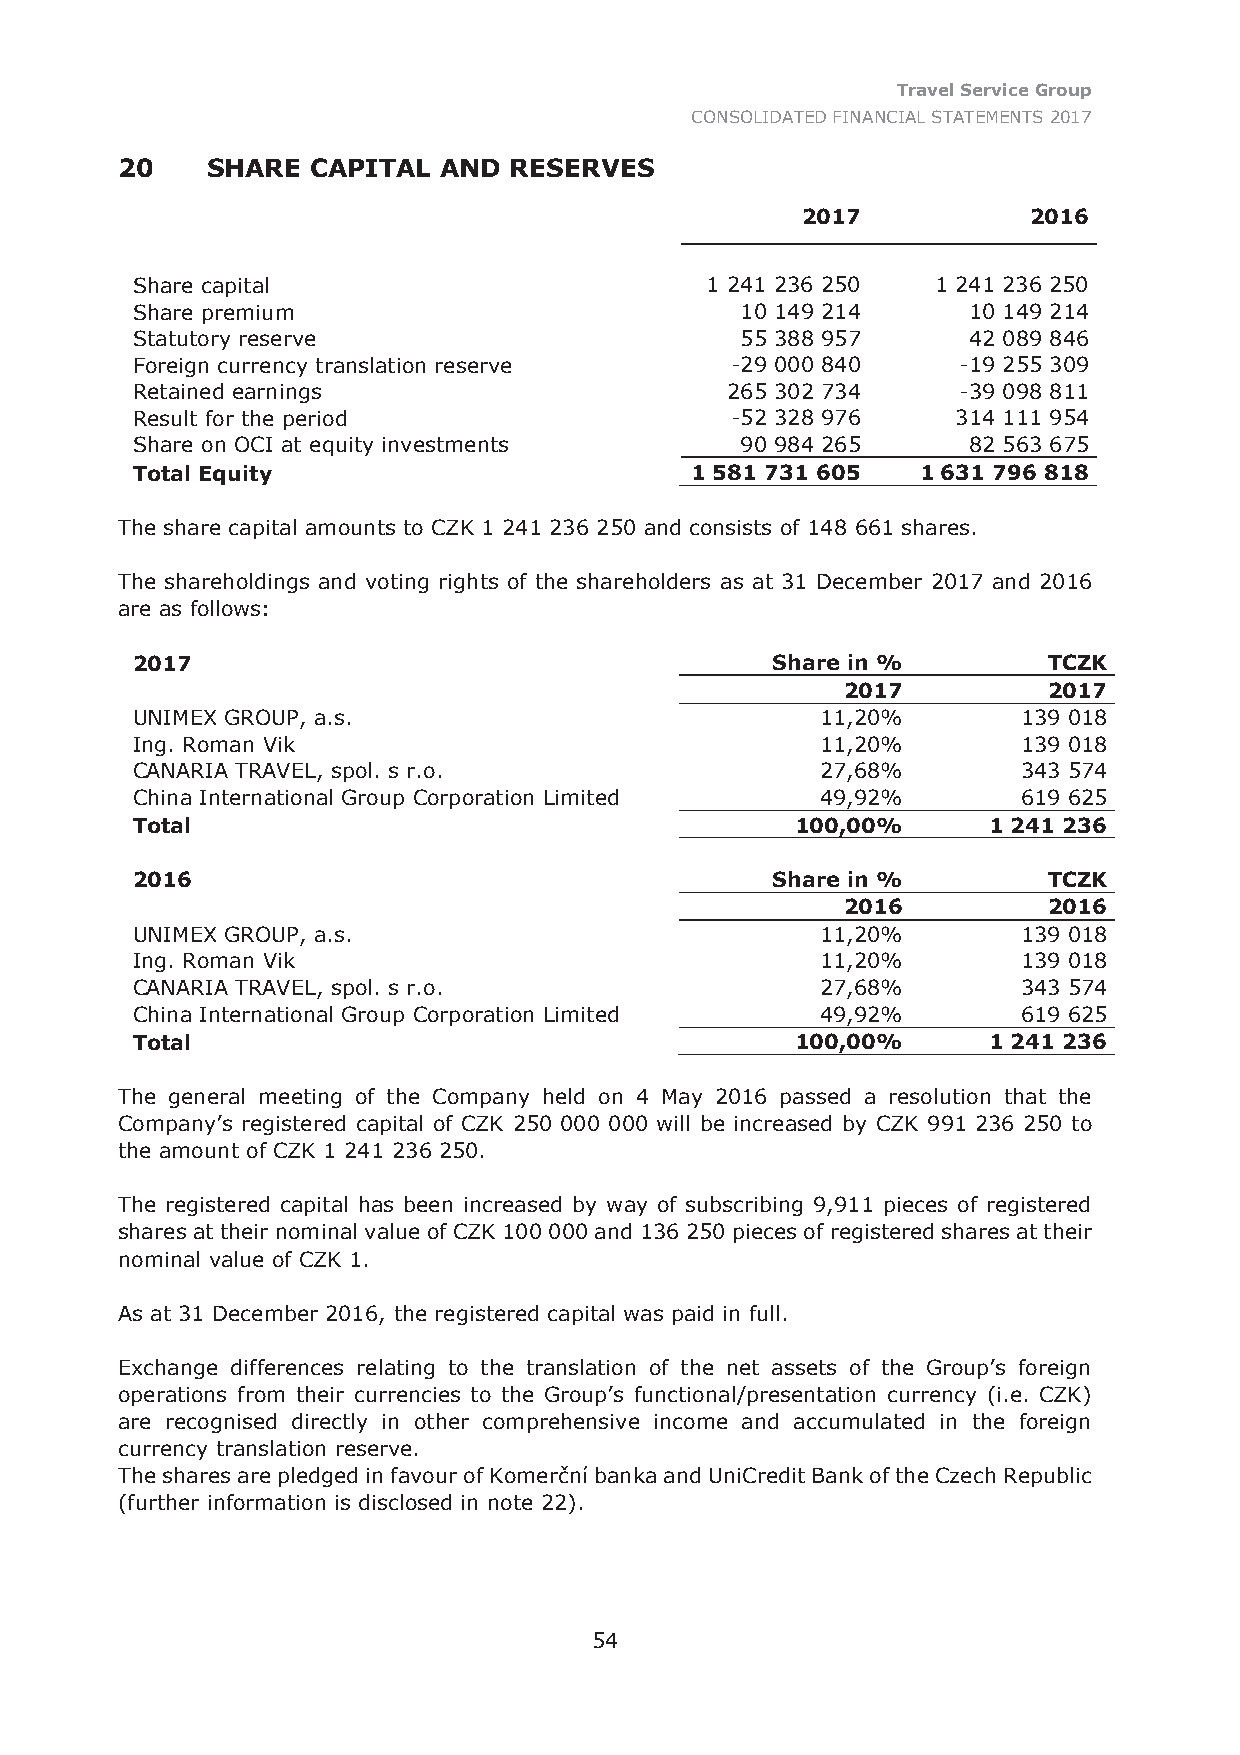
Travel Service Group
 CONSOLIDATED FINANCIAL STATEMENTS 2017
 20    SHARE  CAPITAL AND  RESERVES
 2017           2016
 Share capital                         1 241 236 250  1 241 236 250
 Share premium                           10 149 214     10 149 214
 Statutory reserve                       55 388 957     42 089 846
 Foreign currency translation reserve   -29 000 840    -19 255 309
 Retained earnings                      265 302 734    -39 098 811
 Result for the period                  -52 328 976    314 111 954
 Share on OCI at equity investments      90 984 265     82 563 675
 Total Equity                         1 581 731 605  1 631 796 818
 The share capital amounts to CZK 1 241 236 250 and consists of 148 661 shares.
 The shareholdings and voting rights of the shareholders as at 31 December 2017 and 2016
 are as follows:
 2017                                      Share in %        TCZK
 2017         2017
 UNIMEX GROUP, a.s.                           11,20%        139 018
 Ing. Roman Vik                               11,20%        139 018
 CANARIA TRAVEL, spol. s r.o.                 27,68%        343 574
 China International Group Corporation Limited 49,92%       619 625
 Total                                       100,00%     1 241 236
 2016                                      Share in %        TCZK
 2016         2016
 UNIMEX GROUP, a.s.                           11,20%        139 018
 Ing. Roman Vik                               11,20%        139 018
 CANARIA TRAVEL, spol. s r.o.                 27,68%        343 574
 China International Group Corporation Limited 49,92%       619 625
 Total                                       100,00%     1 241 236
 The general meeting of the Company held on 4 May 2016 passed a resolution that the
 Company’s registered capital of CZK 250 000 000 will be increased by CZK 991 236 250 to
 the amount of CZK 1 241 236 250.
 The registered capital has been increased by way of subscribing 9,911 pieces of registered
 shares at their nominal value of CZK 100 000 and 136 250 pieces of registered shares at their
 nominal value of CZK 1.
 As at 31 December 2016, the registered capital was paid in full.
 Exchange differences relating to the translation of the net assets of the Group’s foreign
 operations from their currencies to the Group’s functional/presentation currency (i.e. CZK)
 are recognised directly in other comprehensive income and accumulated in the foreign
 currency translation reserve.
 The shares are pledged in favour of Komerční banka and UniCredit Bank of the Czech Republic
 (further information is disclosed in note 22).
 54